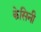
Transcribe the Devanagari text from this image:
केसिनी